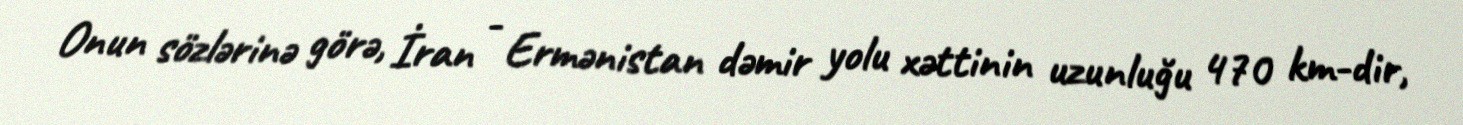
Onun sözlərinə görə, İran - Ermənistan dəmir yolu xəttinin uzunluğu 470 km-dir,